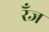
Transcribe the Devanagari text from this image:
रँज